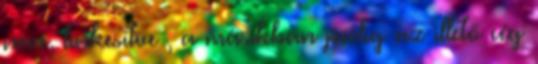
neve, linkesítve , a másikban pedig az illető cég